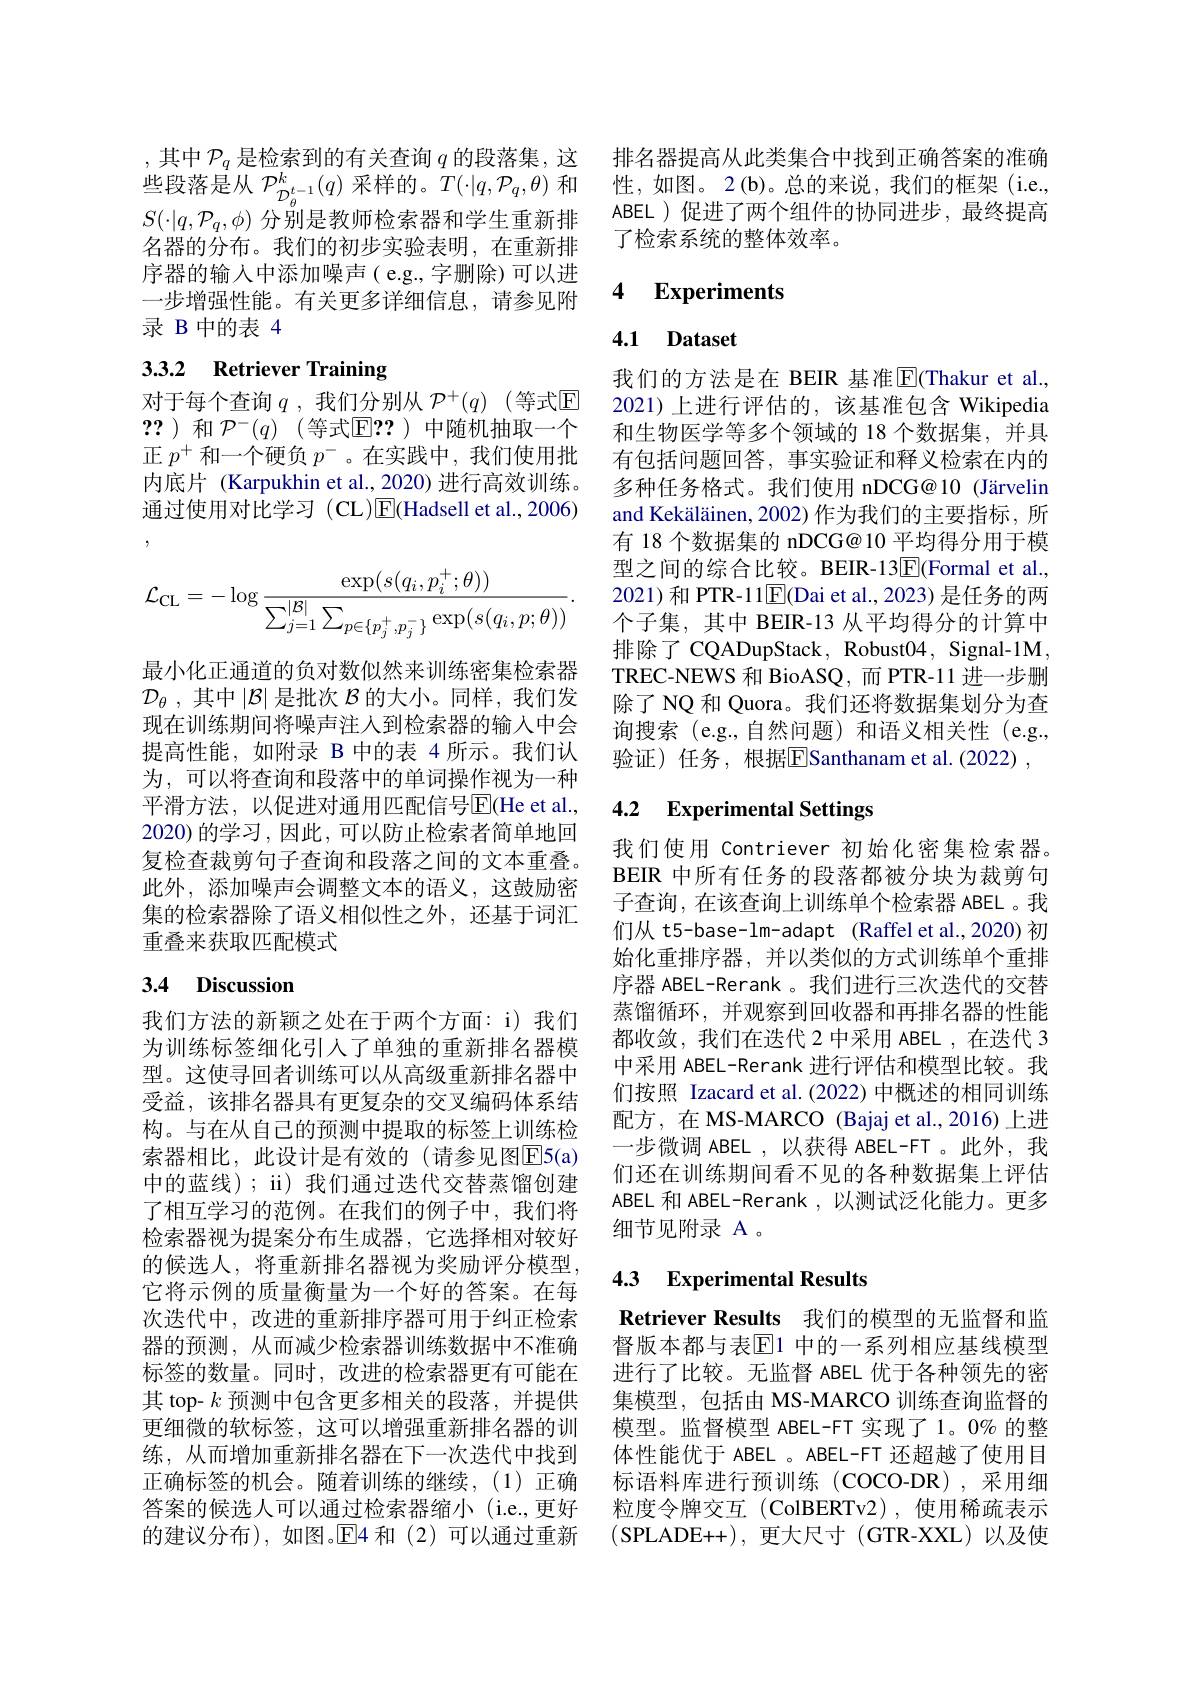
名器的分布。我们的初步实验表明，在重新排序器的输入中添加噪声( e.g.,字删除)可以进一步增强性能。有关更多详细信息，请参见附录 B 中的表 4

# 3.3.2 Retriever Training

对于每个查询 $q$ ,我们分别从 $\mathcal{P}^+(q)$ (等式$\mathbb{E}$ ??)和$\mathcal{P}^-(q)$(等式$\mathbb{E}??$)中随机抽取一个正$p^+$和一个硬负$p^-$。在实践中，我们使用批内底片 (Karpukhin et al., 2020) 进行高效训练。通过使用对比学习 (CL)$\overline{\mathrm{E}}($Hadsell et al.,2006)
$$\mathcal{L}_{\mathrm{CL}}=-\log\frac{\exp(s(q_i,p_i^+;\theta))}{\sum_{j=1}^{|\mathcal{B}|}\sum_{p\in\{p_j^+,p_j^-\}}\exp(s(q_i,p;\theta))}.$$
最小化正通道的负对数似然来训练密集检索器$\mathcal{D}_\theta$ ,其中$|\mathcal{B}|$是批次$\mathcal{B}$的大小。同样，我们发现在训练期间将噪声注人到检索器的输入中会提高性能，如附录 B 中的表 4 所示。我们认为，可以将查询和段落中的单词操作视为一种平滑方法，以促进对通用匹配信号$\overline{\mathrm{E}}($He et al., 2020) 的学习 , 因此 , 可以防止检索者简单地回复检查裁剪句子查询和段落之间的文本重叠。此外，添加噪声会调整文本的语义，这鼓励密集的检索器除了语义相似性之外，还基于词汇重叠来获取匹配模式

# 3.4 Discussion

我们方法的新颖之处在于两个方面：i) 我们为训练标签细化引人了单独的重新排名器模型。这使寻回者训练可以从高级重新排名器中受益，该排名器具有更复杂的交叉编码体系结构。与在从自己的预测中提取的标签上训练检索器相比，此设计是有效的(请参见图E5(a) 中的蓝线); ii) 我们通过迭代交替蒸馏创建了相互学习的范例。在我们的例子中，我们将检索器视为提案分布生成器，它选择相对较好的候选人，将重新排名器视为奖励评分模型， 它将示例的质量衡量为一个好的答案。在每次迭代中，改进的重新排序器可用于纠正检索器的预测，从而减少检索器训练数据中不准确标签的数量。同时，改进的检索器更有可能在其 top- $k$预测中包含更多相关的段落，并提供更细微的软标签，这可以增强重新排名器的训练，从而增加重新排名器在下一次迭代中找到正确标签的机会。随着训练的继续，(1)正确答案的候选人可以通过检索器缩小 (i.e.,更好 粒度令牌交互 (ColBERTv2),使用稀疏表示
的建议分布),如图。$\overline{\mathbb{E}}$4 和(2)可以通过重新

,其中$\mathcal{P}_q$是检索到的有关查询$q$的段落集，这 排名器提高从此类集合中找到正确答案的准确些段落是从$\mathcal{P}_{D_\theta^{t-1}(q)\text{ 采样的。}T(\cdot|q,\mathcal{P}_q,\theta)\text{ 和 性，如图。2(b)。总的来说，我们的框架(i.e.,})}$ $S(\cdot|q,\mathcal{P}_q,\phi)$分别是教师检索器和学生重新排 ABEL )促进了两个组件的协同进步，最终提高
了检索系统的整体效率。

### 4 $\textbf{Experiments}$

## 4.1 Dataset

我们的方法是在 BEIR 基准$\overline{\mathrm{E}}$(Thakur et al., 2021)上进行评估的，该基准包含 Wikipedia 和生物医学等多个领域的 18 个数据集，并具有包括问题回答，事实验证和释义检索在内的多种任务格式。我们使用 nDCG@10 (Järvelin and Kekäläinen, 2002) 作为我们的主要指标，所有 18 个数据集的 nDCG@ 10 平均得分用于模型之间的综合比较。BEIR-13$\overline{\mathrm{E}}($Formal et al., 2021)和 PTR-11$\boxed{\mathrm{F}}($Dai et al., 2023) 是任务的两个子集，其中 BEIR-13 从平均得分的计算中排除了 CQADupStack, Robust04, Signal-1M, TREC-NEWS 和 BioASQ, 而 PTR-11 进一步删除了 NQ 和 Quora。我们还将数据集划分为查询搜索(e.g.,自然问题)和语义相关性(e.g., 验证)任务，根据$\mathrm E^{|}$Santhanam et al.(2022),

### 4.2 $\textbf{Experimental Settings}$

我们使用 Contriever 初始化密集检索器。BEIR 中所有任务的段落都被分块为裁剪句子查询，在该查询上训练单个检索器 ABEL。我们从 t5-base-lm-adapt (Raffel et al.,2020)初始化重排序器，并以类似的方式训练单个重排序器 ABEL-Rerank。我们进行三次迭代的交替蒸馏循环，并观察到回收器和再排名器的性能都收敛，我们在迭代 2 中采用 ABEL ,在迭代 3中采用 ABEL-Rerank 进行评估和模型比较。我们按照 Izacard et al.(2022) 中概述的相同训练配方，在 MS-MARCO (Bajaj et al.,2016)上进一步微调 ABEL ,以获得 ABEL-FT 。此外，我们还在训练期间看不见的各种数据集上评估ABEL 和 ABEL-Rerank, 以测试泛化能力。更多细节见附录 A 。

### 4.3 Experimental Results

Retriever Results 我们的模型的无监督和监督版本都与表$\overline{\mathbb{E}}$1 中的一系列相应基线模型进行了比较。无监督 ABEL 优于各种领先的密集模型，包括由 MS-MARCO 训练查询监督的模型。监督模型 ABEL-FT 实现了 1。0% 的整体性能优于 ABEL 。ABEL-FT 还超越了使用目标语料库进行预训练(COCO-DR),采用细(SPLADE++),更大尺寸(GTR-XXL)以及使